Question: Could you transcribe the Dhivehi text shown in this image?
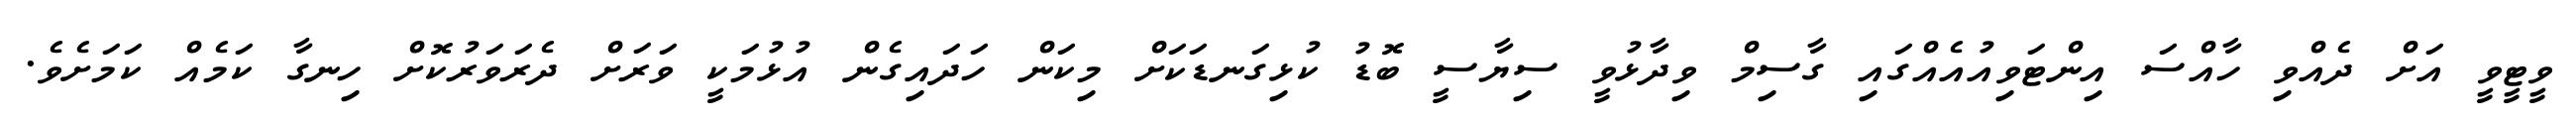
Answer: ވީޓީވީ އަށް ދެއްވި ހާއްސަ އިންޓަވިއުއެއްގައި ގާސިމް ވިދާޅުވީ ސިޔާސީ ބޮޑު ކުޅިގަނޑަކަށް މިކަން ހަދައިގެން އުޅުމަކީ ވަރަށް ދެރަވަރުކޮށް ހިނގާ ކަމެއް ކަމަށެވެ.